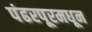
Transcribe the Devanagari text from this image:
पंढरपूरमधून